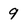
Character: 9